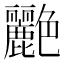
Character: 𬜟